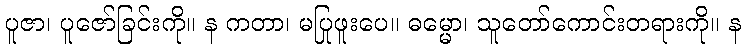
ပူဇာ၊ ပူဇော်ခြင်းကို။ န ကတာ၊ မပြုဖူးပေ။ ဓမ္မော၊ သူတော်ကောင်းတရားကို။ န